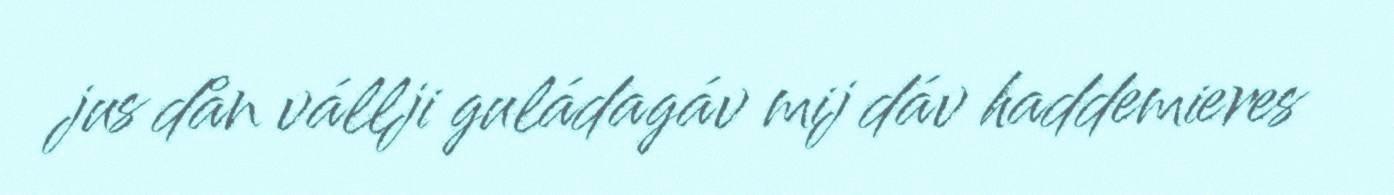
jus dån vállji guládagáv mij dáv haddemieres